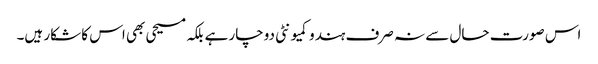
اس صورت حال سے نہ صرف ہندو کمیونٹی دوچار ہے بلکہ مسیحی بھی اس کا شکار ہیں۔